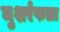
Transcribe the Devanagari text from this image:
मुशर्रफला